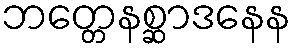
ဘတ္တေနစ္ဆာဒနေန